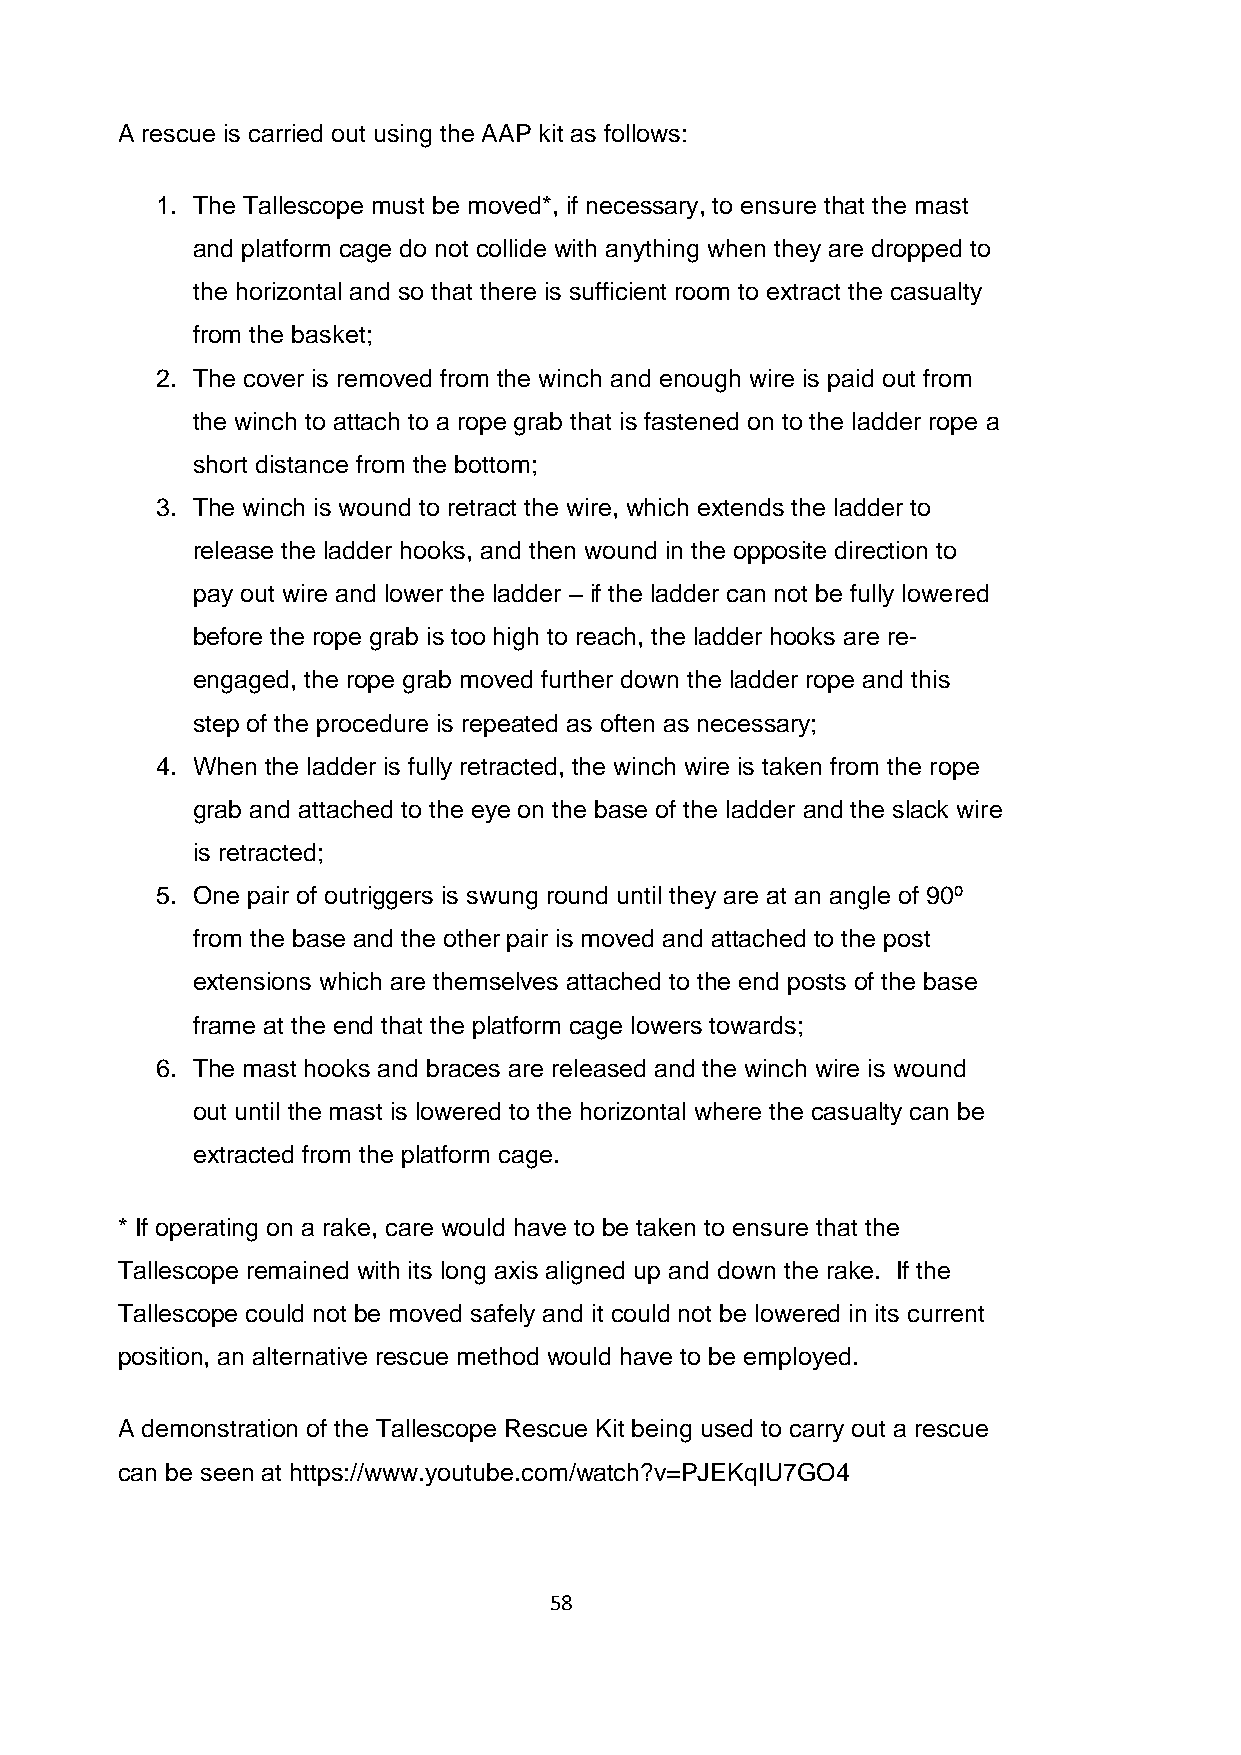
A rescue is carried out using the AAP kit as follows:
 1. The Tallescope must be moved*, if necessary, to ensure that the mast
 and platform cage do not collide with anything when they are dropped to
 the horizontal and so that there is sufficient room to extract the casualty
 from the basket;
 2. The cover is removed from the winch and enough wire is paid out from
 the winch to attach to a rope grab that is fastened on to the ladder rope a
 short distance from the bottom;
 3. The winch is wound to retract the wire, which extends the ladder to
 release the ladder hooks, and then wound in the opposite direction to
 pay out wire and lower the ladder – if the ladder can not be fully lowered
 before the rope grab is too high to reach, the ladder hooks are re-
 engaged, the rope grab moved further down the ladder rope and this
 step of the procedure is repeated as often as necessary;
 4. When the ladder is fully retracted, the winch wire is taken from the rope
 grab and attached to the eye on the base of the ladder and the slack wire
 is retracted;
 5. One pair of outriggers is swung round until they are at an angle of 90º
 from the base and the other pair is moved and attached to the post
 extensions which are themselves attached to the end posts of the base
 frame at the end that the platform cage lowers towards;
 6. The mast hooks and braces are released and the winch wire is wound
 out until the mast is lowered to the horizontal where the casualty can be
 extracted from the platform cage.
 * If operating on a rake, care would have to be taken to ensure that the
 Tallescope remained with its long axis aligned up and down the rake. If the
 Tallescope could not be moved safely and it could not be lowered in its current
 position, an alternative rescue method would have to be employed.
 A demonstration of the Tallescope Rescue Kit being used to carry out a rescue
 can be seen at https://www.youtube.com/watch?v=PJEKqIU7GO4
 58